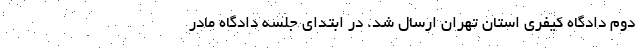
دوم دادگاه کیفری استان تهران ارسال شد. در ابتدای جلسه دادگاه مادر